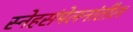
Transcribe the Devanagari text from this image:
स्नेहसंमेलनांतील